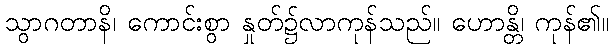
သွာဂတာနိ၊ ကောင်းစွာ နှုတ်၌လာကုန်သည်။ ဟောန္တိ၊ ကုန်၏။